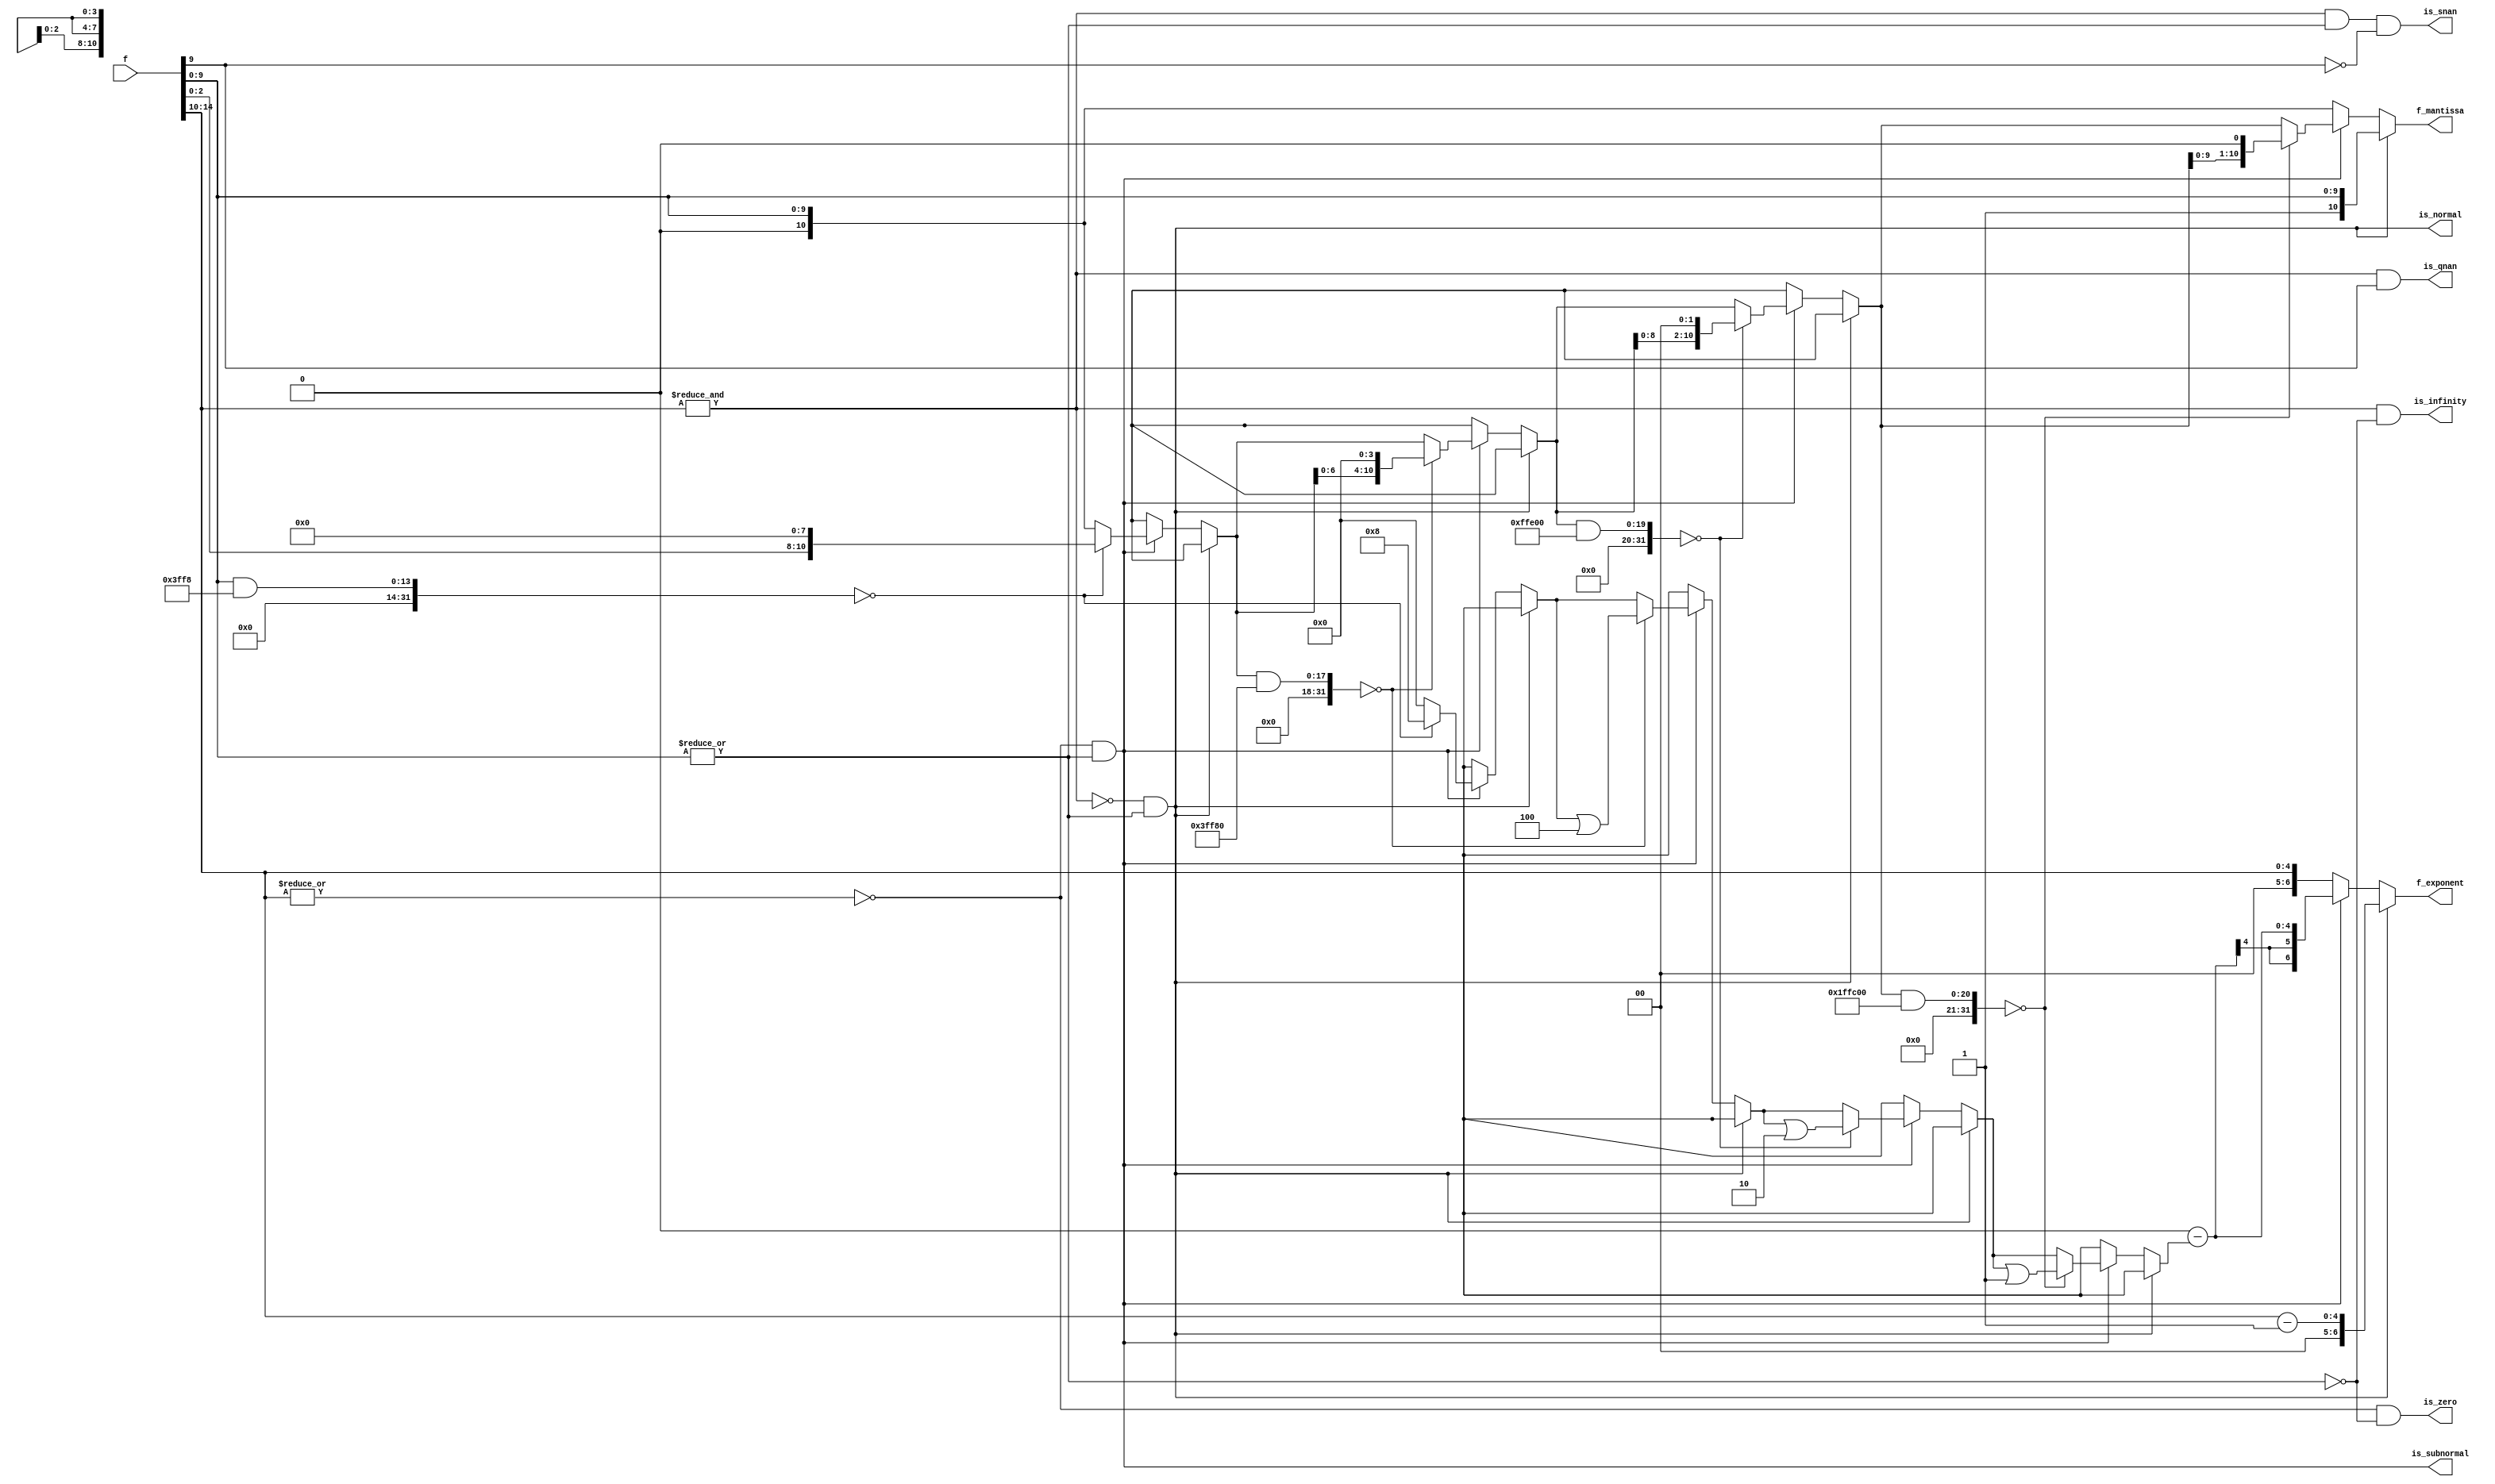
module half_precision_class(
    input [N - 1 : 0] f,
    output reg signed [6 : 0] f_exponent,
    output reg [10 : 0] f_mantissa,
    output is_snan,
    is_qnan,
    is_infinity,
    is_zero,
    is_subnormal,
    is_normal
);

localparam N = 16;

reg bais = 15; // (2^(5 - 1)) - 1

wire exponent_ones, exponent_zeros, mantissa_zeros;
assign exponent_ones  = &f[14:10];
assign exponent_zeros = ~|f[14:10];
assign mantissa_zeros = ~|f[9:0];

// NaNs (Not a Number) are special values used to represent undefined or unrepresentable values

// sNaN is encountered in a computation, it raises an exception or interrupt, alerting the system to an error.
assign is_snan      = exponent_ones & ~mantissa_zeros & ~f[9];
//  qNaNs are used to propagate errors through a computation without causing an exception. 
assign is_qnan      = exponent_ones & f[9];
assign is_infinity  = exponent_ones & mantissa_zeros;
assign is_zero      = exponent_zeros & mantissa_zeros;
assign is_subnormal = exponent_zeros & ~mantissa_zeros;
assign is_normal    = ~exponent_ones & ~mantissa_zeros;

integer i;
reg [10 : 0] mask = ~0;
reg [3 : 0] shift_amount;


always @(*) begin

    f_exponent = f[14 : 10];
    f_mantissa = f[9 : 0];
    shift_amount = 0;

    if(is_normal)
        // - Normal numbers have an implicit leading 1 in their significand, which is not stored explicitly.
        // - The stored exponent has a bias that needs to be subtracted to get the actual exponent value.
        {f_exponent, f_mantissa} = {f[14:10] - bais, 1'b1, f[9:0]};
    else if (is_subnormal) begin
        for (i = 8; i > 0; i = i >> 1) begin
            if ((f_mantissa & (mask << (11 - i))) == 0) begin
                f_mantissa = f_mantissa << i;
                shift_amount = shift_amount | i;
            end
        end
        // "-14" is the smallest Normal exponent as a signed value.
        f_exponent = (1 - bais) - shift_amount;
    end
end


endmodule